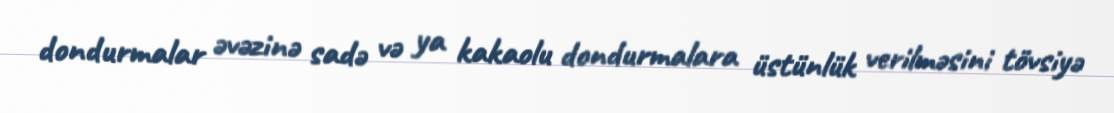
dondurmalar əvəzinə sadə və ya kakaolu dondurmalara üstünlük verilməsini tövsiyə